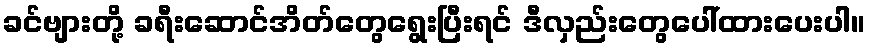
ခင်ဗျားတို့ ခရီးဆောင်အိတ်တွေရွေးပြီးရင် ဒီလှည်းတွေပေါ်ထားပေးပါ။